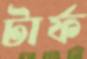
টার্ফ